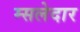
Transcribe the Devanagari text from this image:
म्सलेदार